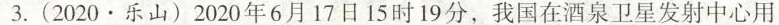
3.(2020.乐山)2020年6月17日15时19分，我国在酒泉卫星发射中心用